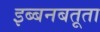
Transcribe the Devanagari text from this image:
इब्बनबतूता